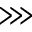
\ggg